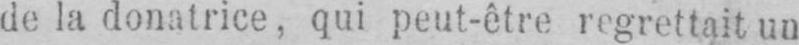
de la donatrice, qui peut-être regrettait un